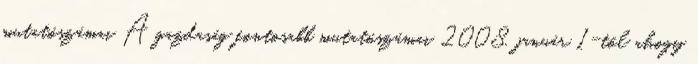
mutatószámai A gazdaság fontosabb mutatószámai 2008. január 1-től ahogy